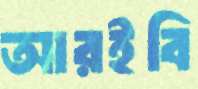
আরইবি